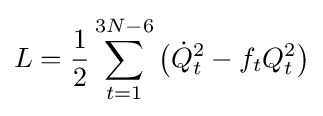
L={\frac {1}{2}}\sum _{t=1}^{3N-6}{\big (}{\dot {Q}}_{t}^{2}-f_{t}Q_{t}^{2}{\big )}